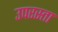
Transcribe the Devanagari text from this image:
उपरस्ता